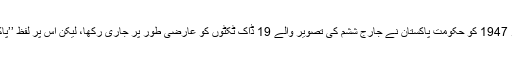
آزادی کے بعد یکم اکتوبر 1947 کو حکومتِ پاکستان نے جارج ششم کی تصویر والے 19 ڈاک ٹکٹوں کو عارضی طور پر جاری رکھا، لیکن اس پر لفظ ’’پاکستان‘‘ طبع کردیا گیا تھا۔